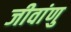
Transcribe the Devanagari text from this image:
जीवांणु